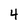
Character: 4